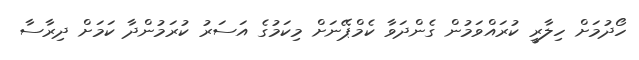
ހޯދުމަށް ހިލާރީ ކުރައްވަމުން ގެންދަވާ ކެމްޕޭނަށް މިކަމުގެ އަސަރު ކުރަމުންދާ ކަމަށް ދިރާސާ